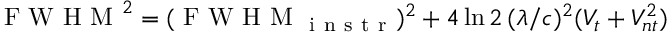
\mathrm { ~ F ~ W ~ H ~ M ~ } ^ { 2 } = ( \mathrm { ~ F ~ W ~ H ~ M ~ } _ { \mathrm { ~ i ~ n ~ s ~ t ~ r ~ } } ) ^ { 2 } + 4 \ln 2 \, ( \lambda / c ) ^ { 2 } ( V _ { t } + V _ { n t } ^ { 2 } )